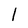
Character: 1